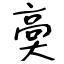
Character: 䯨